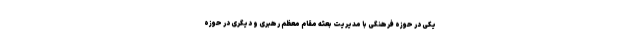
یکی در حوزه فرهنگی با مدیریت بعثه مقام معظم رهبری و دیگری در حوزه